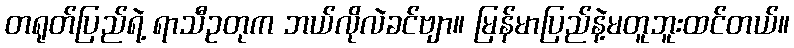
တရုတ်ပြည်ရဲ့ ရာသီဥတုက ဘယ်လိုလဲခင်ဗျာ။ မြန်မာပြည်နဲ့မတူဘူးထင်တယ်။